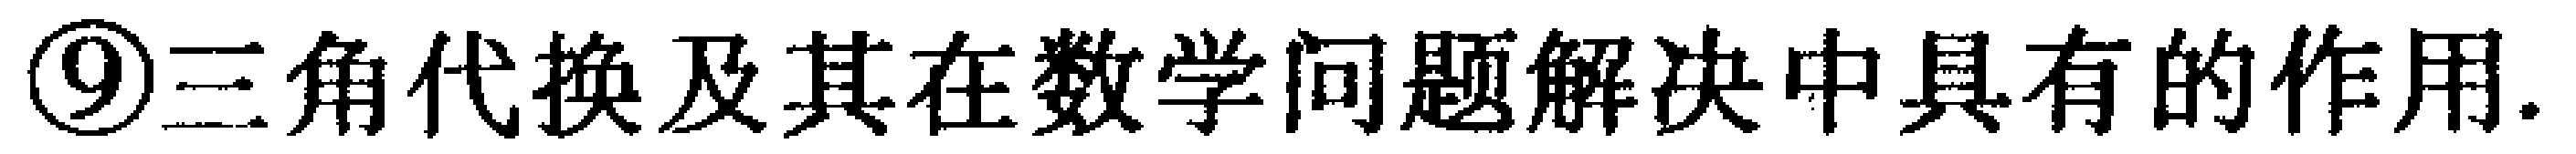
\textcircled{9}三角代换及其在数学问题解决中具有的作用.